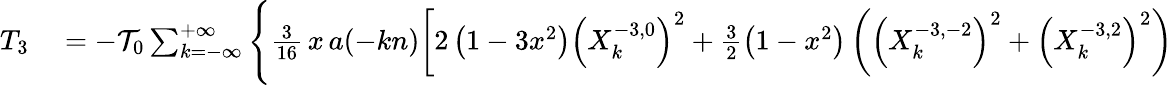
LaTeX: \begin{array}{rl}{T_{3}}&{{}=-{\cal T}_{0}\sum_{k=-\infty}^{+\infty}\Bigg\{ \frac{3}{16}\, x\, a(-kn)\bigg[2\left(1-3x^{2}\right)\left(X_{k}^{-3,0}\right)^{2}+\frac 32\left(1-x^{2}\right)\left(\left(X_{k}^{-3,-2}\right)^{2}+\left(X_{k}^{-3,2}\right)^{2}\right)}\end{array}